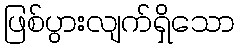
ဖြစ်ပွားလျက်ရှိသော